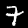
Digit: 7